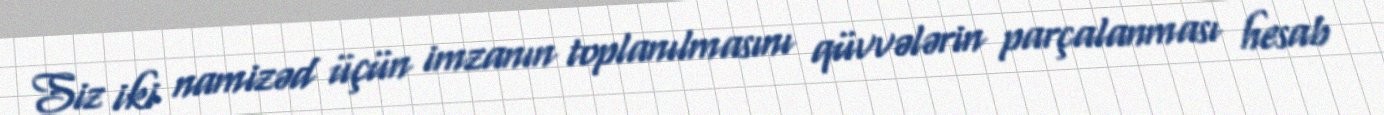
Siz iki namizəd üçün imzanın toplanılmasını qüvvələrin parçalanması hesab